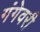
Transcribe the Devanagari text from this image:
गंगेवरी